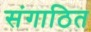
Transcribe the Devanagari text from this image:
संगाठित